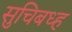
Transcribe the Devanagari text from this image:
सुचिबध्ह